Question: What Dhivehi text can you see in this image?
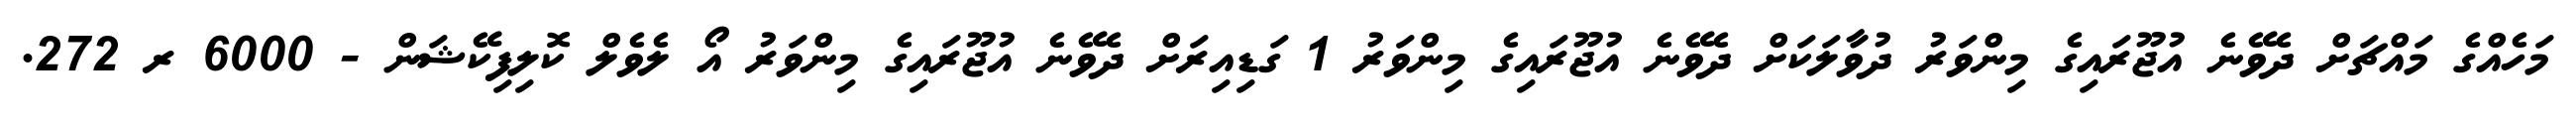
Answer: މަހެއްގެ މައްޗަށް ދެވޭނެ އުޖޫރައިގެ މިންވަރު ދުވާލަކަށް ދެވޭނެ އުޖޫރައިގެ މިންވަރު 1 ގަޑިއިރަށް ދެވޭނެ އުޖޫރައިގެ މިންވަރު އޯ ލެވެލް ކޮލިފިކޭޝަން - 6000 ރ 272.